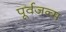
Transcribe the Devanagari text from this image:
पूर्वजन्‍म